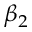
\beta _ { 2 }